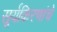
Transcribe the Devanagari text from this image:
सूर्यकिरणांचे